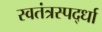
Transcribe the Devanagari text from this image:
स्वतंत्रस्पर्द्धा